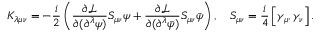
K _ { \lambda \mu \nu } = - \frac { i } { 2 } \left( \frac { \partial \mathcal { L } } { \partial ( \partial ^ { \lambda } \psi ) } S _ { \mu \nu } \psi + \frac { \partial \mathcal { L } } { \partial ( \partial ^ { \lambda } \bar { \psi } ) } S _ { \mu \nu } \bar { \psi } \right) , \quad S _ { \mu \nu } = \frac { i } { 4 } \left[ \gamma _ { \mu } , \gamma _ { \nu } \right] .